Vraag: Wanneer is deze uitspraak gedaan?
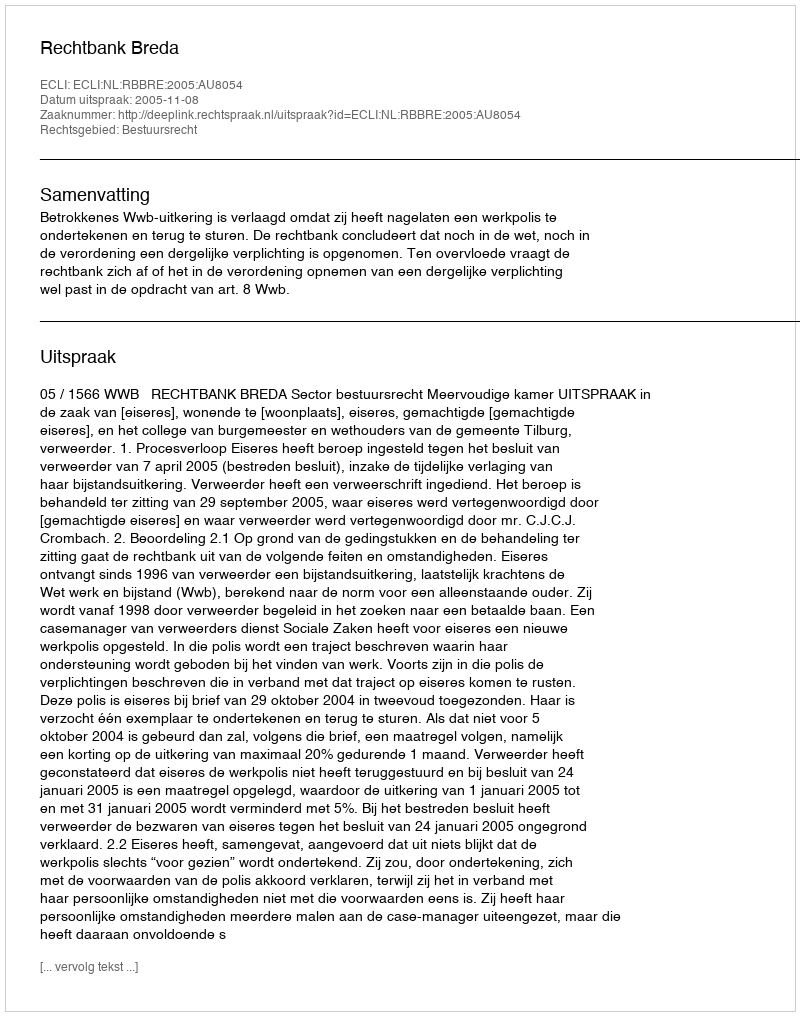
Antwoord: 2005-11-08